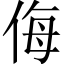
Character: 侮